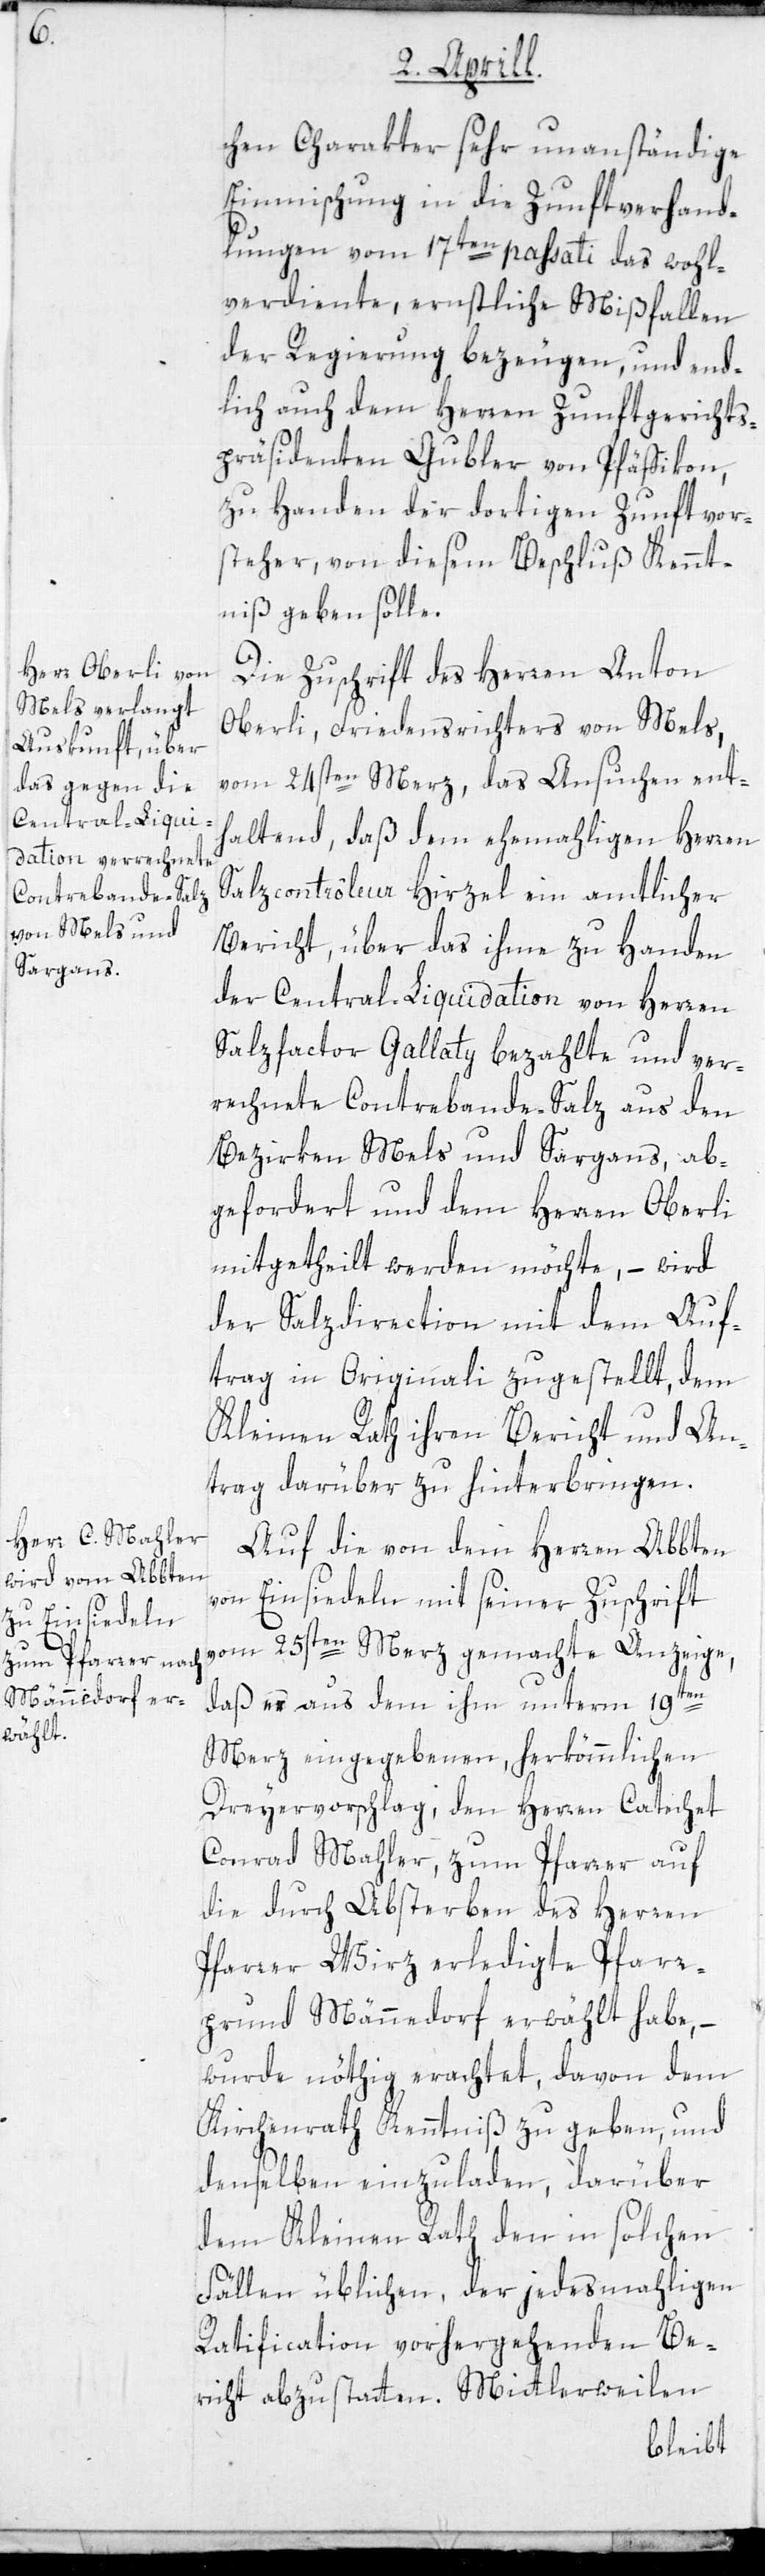
chen Charakter sehr unanständige
Einmischung in die Zunftverhand¬
lungen vom 17ten passati das wohl¬
verdiente, ernstliche Mißfallen
der Regierung bezeugen, und end¬
lich auch dem Herren Zunftgerichts¬
präsidenten Gubler von Pfäffikon,
zu Handen der dortigen Zunftvor¬
steher, von diesem Beschluß Kennt¬
nis geben solle.
Die Zuschrift des Herren Anton
Oberli, Friedensrichters von Mels,
vom 24sten Merz, das Ansuchen ent¬
haltend, daß dem ehemaligen Herren
Salzcontrôleur Hirzel ein amtlicher
Bericht, über das ihme zu Handen
der Central-Liquidation von Herren
Salzfactor Gallaty bezahlte und ver¬
rechnete Contrebande-Salz aus den
Bezirken Mels und Sargans, ab¬
gefordert und dem Herren Oberli
mitgetheilt werden möchte, – wird
der Salzdirection mit dem Auf¬
trag in Originali zugestellt, dem
Kleinen Rath ihren Bericht und An¬
trag darüber zu hinterbringen.
Auf die von dem Herren Abbten
von Einsiedeln mit seiner Zuschrift
vom 25sten Merz gemachte Anzeige,
daß es aus dem ihm unterm 19ten
Merz eingegebenen, herkömmlichen
Dreyervorschlag, den Herren Catechet
Conrad Mahler, zum Pfarrer auf
die durch Absterben des Herren
Pfarrer Wirz erledigte Pfarr¬
prund Männedorf erwählt habe, –
wurde nöthig erachtet, davon dem
Kirchenrath Kenntniß zu geben, und
denselben einzuladen, darüber
dem Kleinen Rath den in solchen
Fällen üblichen, der jedesmahligen
Ratification vorhergehenden Be¬
richt abzustatten. Mittlerweilen